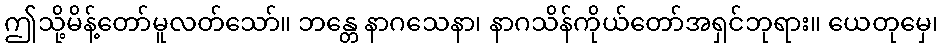
ဤသို့မိန့်တော်မူလတ်သော်။ ဘန္တေ နာဂသေနာ၊ နာဂသိန်ကိုယ်တော်အရှင်ဘုရား။ ယေတုမှေ၊